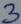
Text: 3